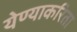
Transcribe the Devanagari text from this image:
येण्याकरिता